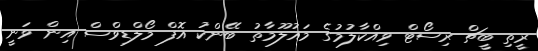
ރީތި ބީޗް ރިސޯޓް ވިއްކާލުމުގެ މައުލޫމާތު ބޭންކު އޮފް މޯލްޑިވްސް އިން ވަނީ